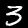
Label: 3